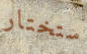
ستختار